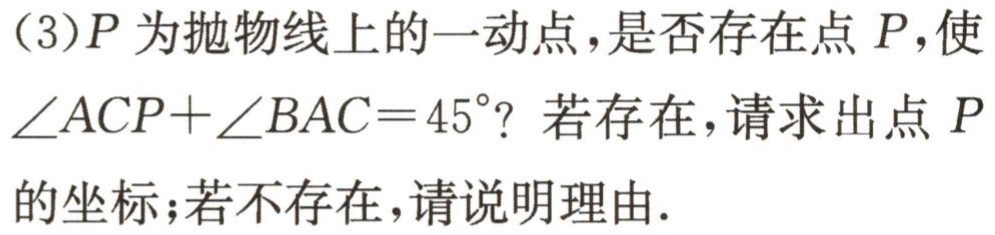
(3)\(P\)为抛物线上的一动点，是否存在点\(P\)，使\(\angle ACP+\angle BAC = 45^{\circ}\)？若存在，请求出点\(P\)的坐标；若不存在，请说明理由.